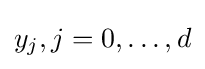
{\textstyle y_{j},j=0,\dots ,d}